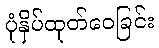
ပုံနှိပ်ထုတ်ဝေခြင်း